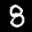
Label: 8